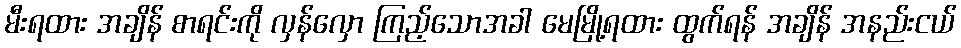
မီးရထား အချိန် စာရင်းကို လှန်လှော ကြည့်သောအခါ မေမြို့ရထား ထွက်ရန် အချိန် အနည်းငယ်